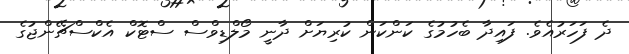
ދެ ފަހަރުއެވެ. ފައިދާ ބެހުމުގެ ކަންކަން ކުރިޔަށް ދާނީ މޯލްޑިވްސް ސްޓޮކް އެކްސްޗޭންޖުގެ